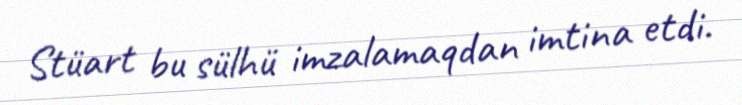
Stüart bu sülhü imzalamaqdan imtina etdi.